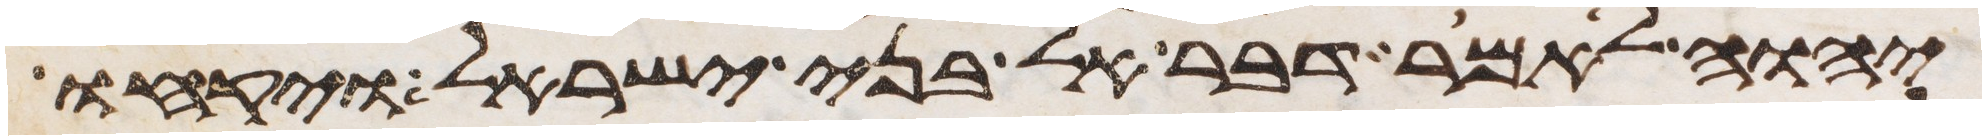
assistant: יהוה לאמר דבר אל בני ישראל ויקחו